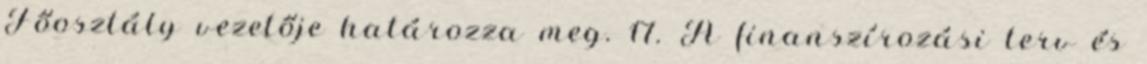
Főosztály vezetője határozza meg. 17. A finanszírozási terv és